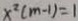
x ^ { 2 } ( m - 1 ) = 1